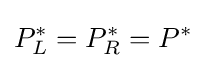
P_{L}^{\ast }=P_{R}^{\ast }=P^{\ast }